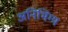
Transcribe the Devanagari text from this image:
अनिभिग्य